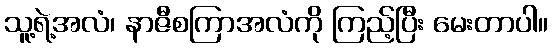
သူ့ရဲ့အလံ၊ နာဇီစကြာအလံကို ကြည့်ပြီး မေးတာပါ။